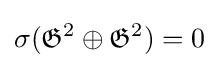
\sigma ({\mathfrak {G}}^{2}\oplus {\mathfrak {G}}^{2})=0